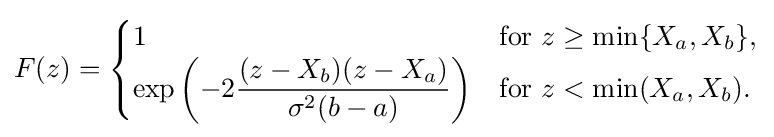
F(z)={\begin{cases}1&{\text{for }}z\geq \min\{X_{a},X_{b}\},\\\exp \left(-2{\dfrac {(z-X_{b})(z-X_{a})}{\sigma ^{2}(b-a)}}\right)&{\text{for }}z<\min(X_{a},X_{b}).\end{cases}}